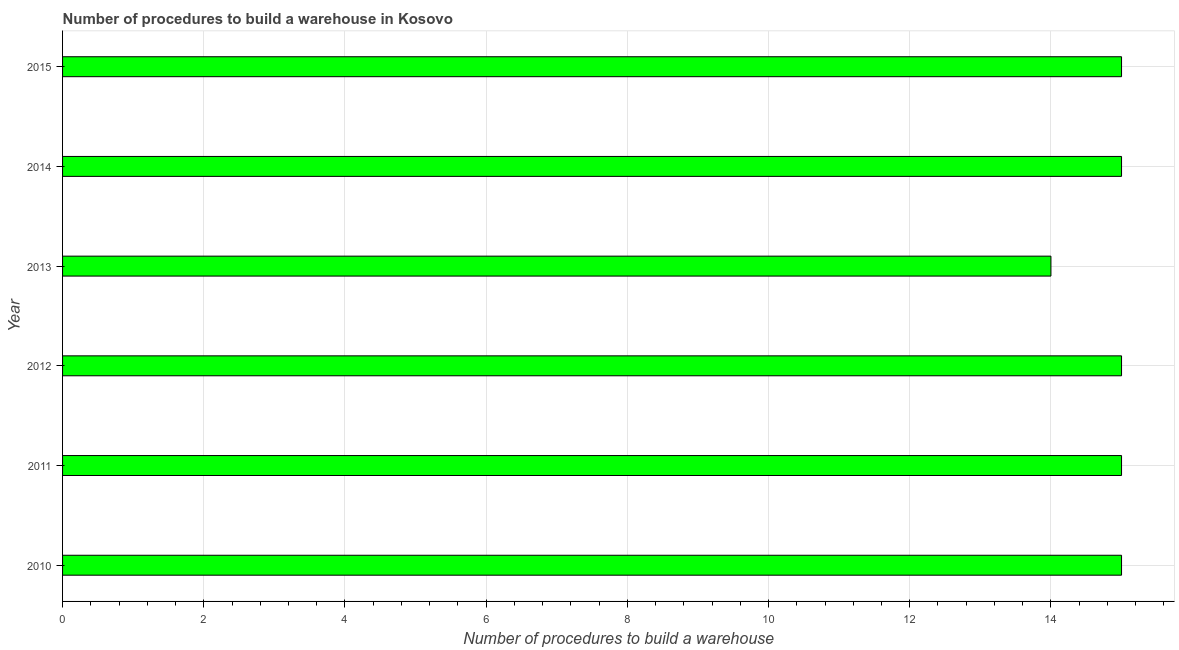
| Year | Build a warehouse |
 | --- | --- |
 | 2010 | 15 |
 | 2011 | 15 |
 | 2012 | 15 |
 | 2013 | 14 |
 | 2014 | 15 |
 | 2015 | 15 |